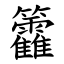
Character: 籱